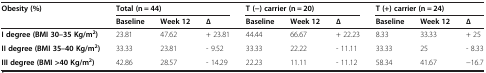
<table><thead><tr><td rowspan="2"><b>Obesity (%)</b></td><td colspan="3"><b>Total (n = 44)</b></td><td colspan="3"><b>T (−) carrier (n = 20)</b></td><td colspan="3"><b>T (+) carrier (n = 24)</b></td></tr><tr><td><b>Baseline</b></td><td><b>Week 12</b></td><td><b>∆</b></td><td><b>Baseline</b></td><td><b>Week 12</b></td><td><b>∆</b></td><td><b>Baseline</b></td><td><b>Week 12</b></td><td><b>∆</b></td></tr></thead><tbody><tr><td><b>I degree (BMI 30–35 Kg/m</b><sup><b>2</b></sup><b>)</b></td><td>23.81</td><td>47.62</td><td>+ 23.81</td><td>44.44</td><td>66.67</td><td>+ 22.23</td><td>8.33</td><td>33.33</td><td>+ 25</td></tr><tr><td><b>II degree (BMI 35–40 Kg/m</b><sup><b>2</b></sup><b>)</b></td><td>33.33</td><td>23.81</td><td>- 9.52</td><td>33.33</td><td>22.22</td><td>- 11.11</td><td>33.33</td><td>25</td><td>- 8.33</td></tr><tr><td><b>III degree (BMI &gt;40 Kg/m</b><sup><b>2</b></sup><b>)</b></td><td>42.86</td><td>28.57</td><td>- 14.29</td><td>22.23</td><td>11.11</td><td>- 11.12</td><td>58.34</td><td>41.67</td><td>−16.7</td></tr></tbody></table>